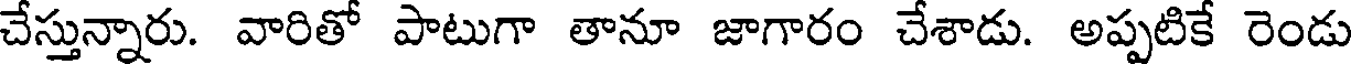
చేస్తున్నారు. వారితో పాటుగా తానూ జాగారం చేశాడు. అప్పటికే రెండు